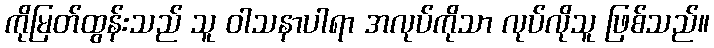
ကိုမြတ်ထွန်းသည် သူ ဝါသနာပါရာ အလုပ်ကိုသာ လုပ်လိုသူ ဖြစ်သည်။